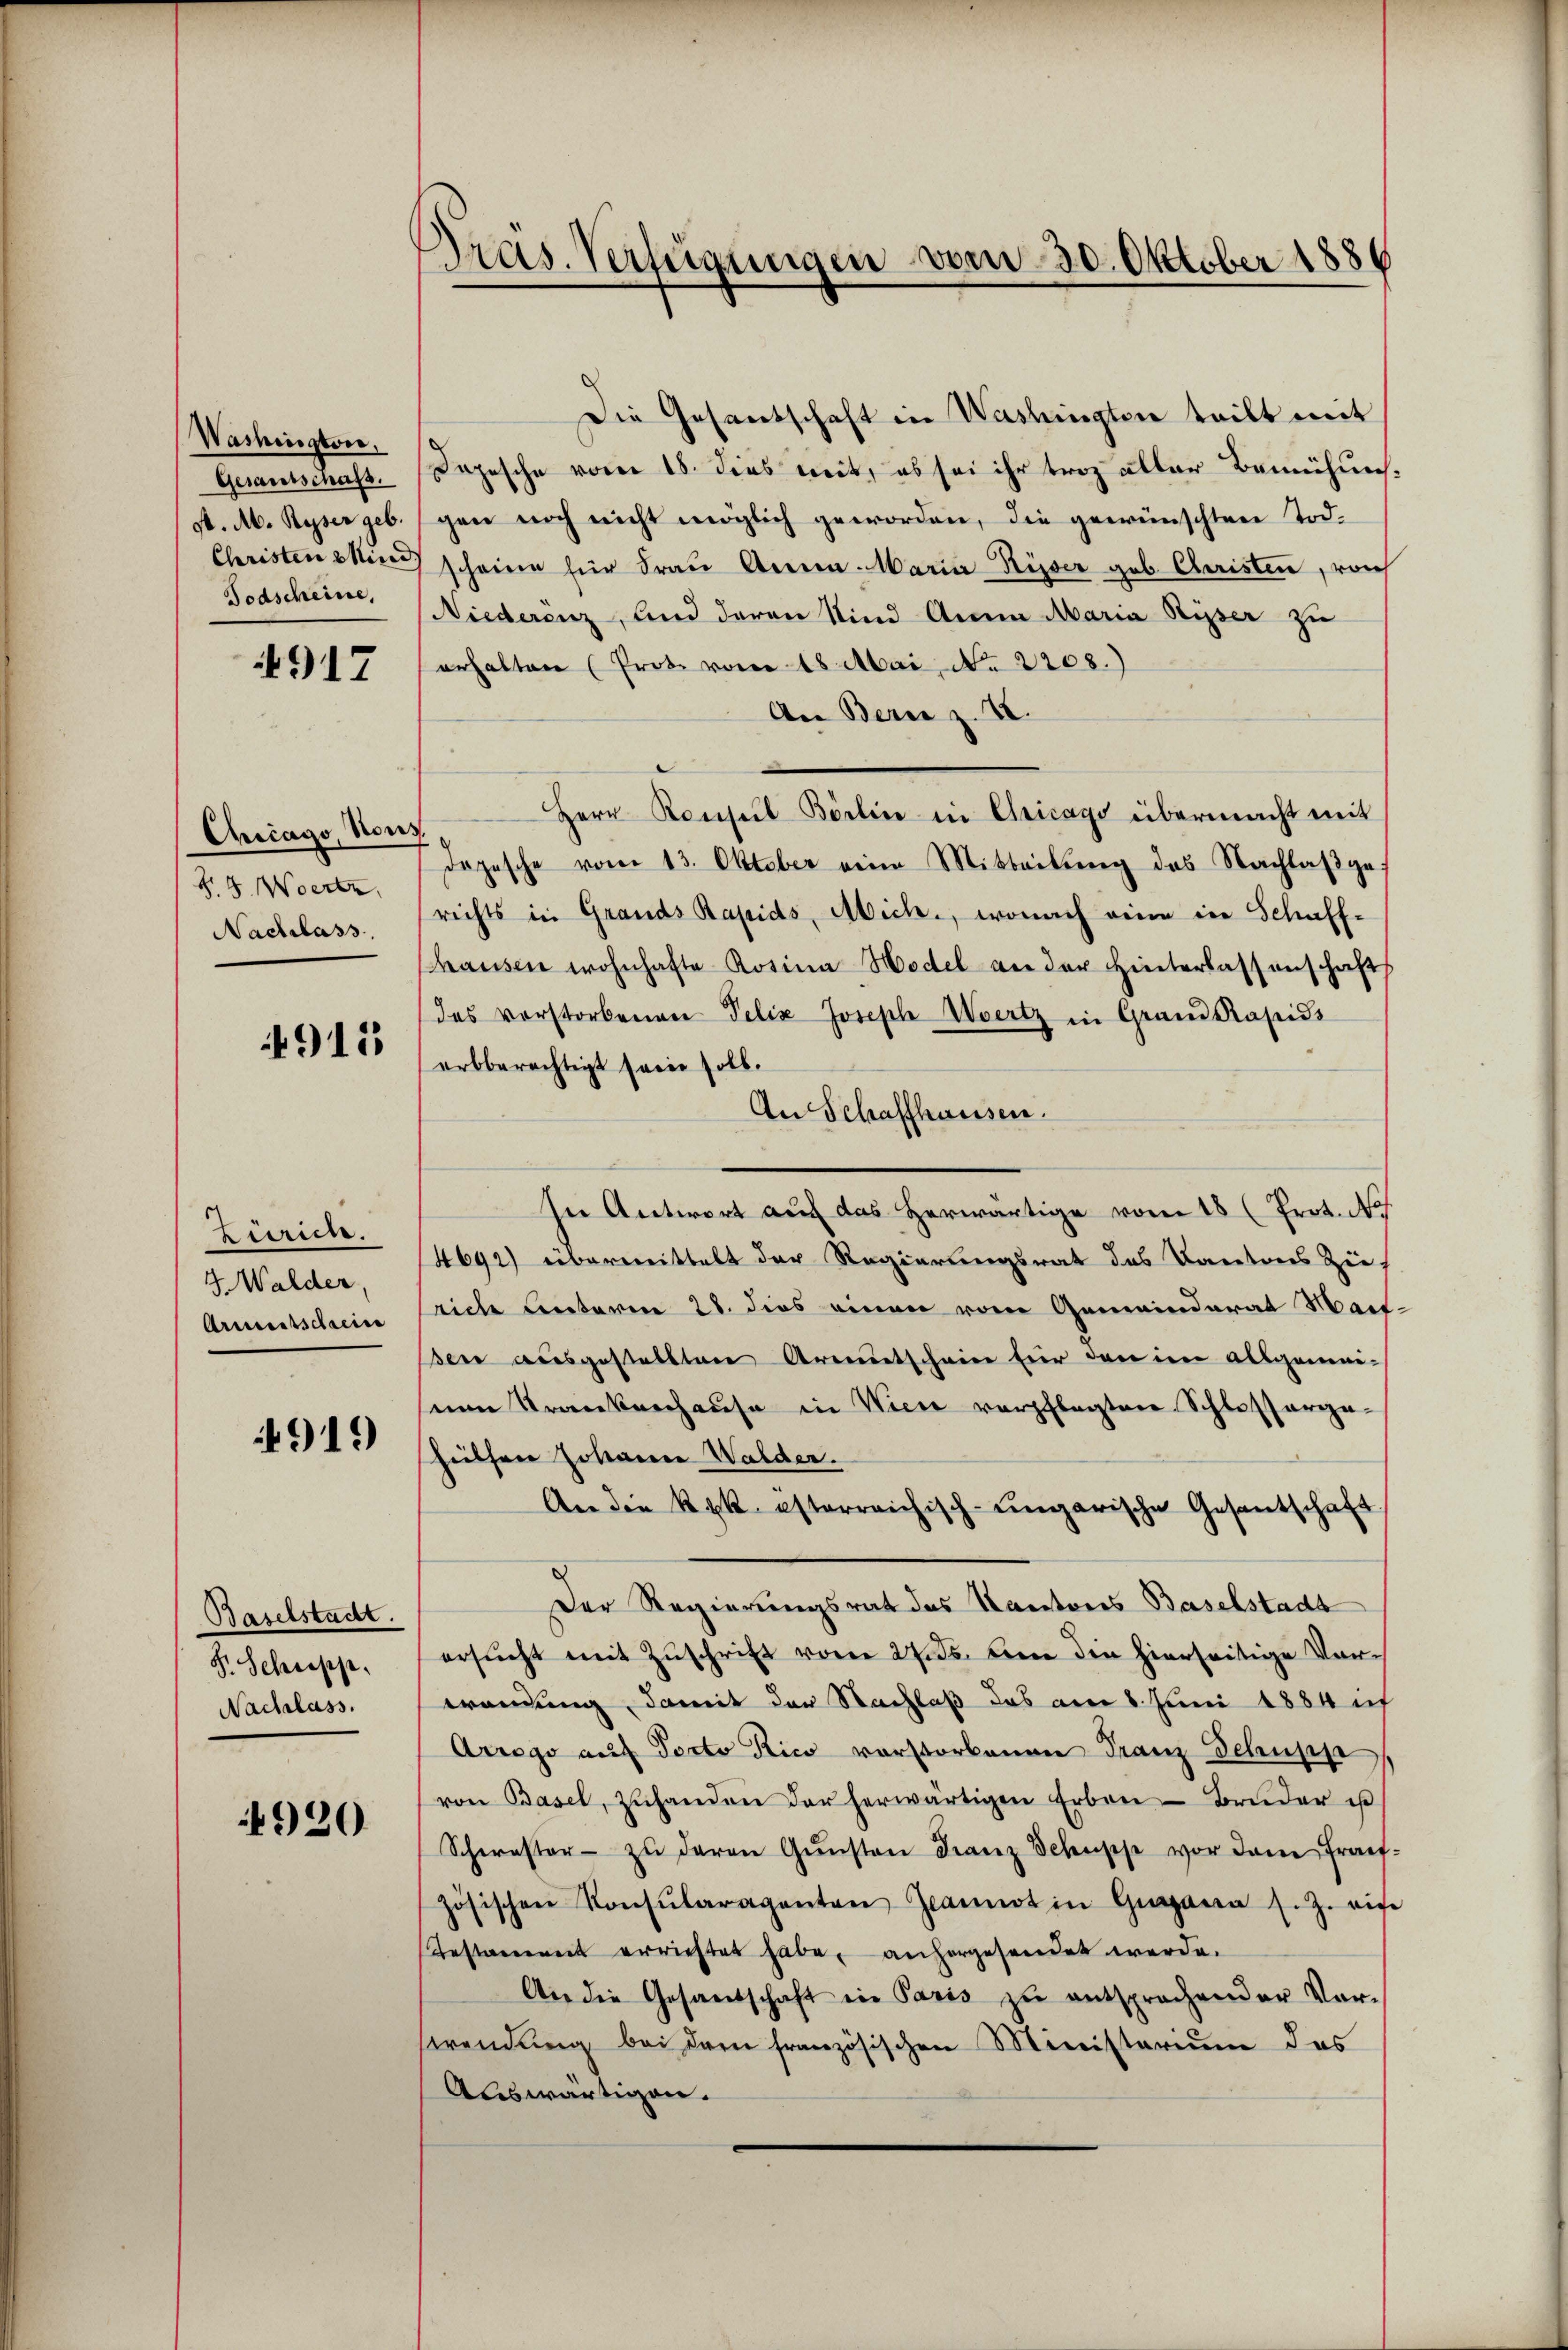
Washington,
Gesandtschaft.
d. M. Reser geb.
Todscheine,

917

Chicago, Nong.
§.8. Wortz
Nachlass.

4911

Zürich.
4 Walder,
Armetschacine

919

Baselstadt.
F. Schropp.
Nachlass.

920

Die Gesandschaft in Washingten teilt mit
Depesche vom 18. dies weit, es sei ihr troz aller Bemühunggen noch nicht möglich geworden, die gewünschten Tod.
Christen wir scheine für Frau Anna Maria-Risser geb. Christen, von
Niederenz, und daran sind Anna Maria Riper zu
erhalten (Prote vom 18. Mai, No 2208.)
An Bern z. VI.
Herr Konsul Börlin in Chicago übermacht mit
dopesche vom 13. Oktober eine Mitteilŭng des Nachlaβ ge
richts in Grands Rapids, Mich., wonach eine in Schaff-
haŭsen wohnhafte Rosina Model an der Hinterlassenschaft
das vorstorbenen Felix Joseph Wertz in Grand Papids
arbberechtigt sein soll.
An Schaffhausen.
In Antwort auf das Herwärtige vom 18 (Prot. No.
4692) übermittelt der Regierungsrat des Kantons Zie
rich Unterm 28. dies einen vom Gemeinderat Mart.
en ausgestellten Armutschein für den im allgemei-
nen Trankenhause in Wien verpflegten Schlosserge-
hülfen Johanne Walder.
An die Ryk esterreichisch-ungarische Gesantschaft.
Der Regierungsrat das Kantons Baselstadt
ersŭcht mit Zŭschrift vom 27. ds. den die hierseitige Vorwendung, damit der Nachlaß das am 8. Juni 1884 i
Arrogo auf Porto Rico vorstorbenen Franz Schupp
von Basel, zŭhanden der herwärtigen Erben- Brüder ist
Schwester zŭ deren Gŭnsten Franz Schüsse vor dem Frach-
zösischen Konsŭlaragenten Jeannot in Guana s. Z. eine
Testament errichtet habe, anhergesendet werde.
An die Gesandschaft in Paris zŭ entsprochender Vor-
swendŭng bei dem französischen Ministerium das
Auswärtigen.

Präs. Verfügungen vom 30. Oktober 1886